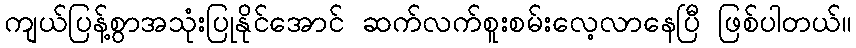
ကျယ်ပြန့်စွာအသုံးပြုနိုင်အောင် ဆက်လက်စူးစမ်းလေ့လာနေပြီ ဖြစ်ပါတယ်။